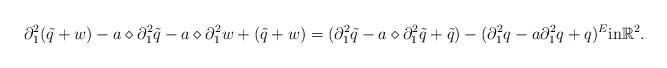
LaTeX: \begin{align*}\partial_1^2(\tilde{q} + w) - a \diamond \partial_1^2 \tilde{q} - a \diamond \partial_1^2 w + (\tilde{q} + w) = (\partial_1^2\tilde{q} - a \diamond \partial_1^2 \tilde{q} + \tilde{q}) - (\partial_1^2 q - a \partial_1^2 q + q)^E \textrm{in} \mathbb{R}^2.\end{align*}